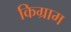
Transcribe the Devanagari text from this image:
किग्राम